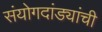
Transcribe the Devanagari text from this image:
संयोगदांड्यांची